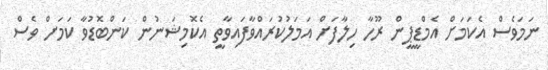
ނަމަވެސް އެކަމަށް އެމްޑީޕީން ރޫހާ ހިލާފަށް އަމަލުކުރައްވާފައިވާތީ އެކޮމިޝަނުން ކަންބޮޑުވާ ކަމަށް ވެސް